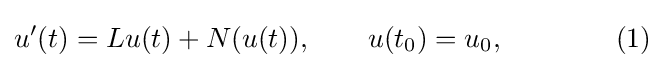
u'(t)=Lu(t)+N(u(t)),\qquad u(t_{0})=u_{0},\qquad \qquad (1)